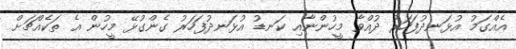
އެއްގަމު އުޅަނދުފަހަރު ދުއްވާ މީހުންނާއި ކަނޑު އުޅަނދުފަހަރު ގެންގުޅޭ މީހުން އެ ތަކެއްޗަށް